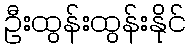
ဦးထွန်းထွန်းနိုင်